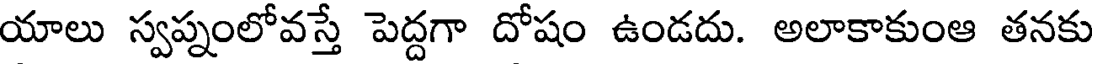
యాలు స్వప్నంలోవస్తే పెద్దగా దోషం ఉండదు. అలాకాకుంఆ తనకు